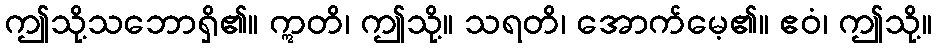
ဤသို့သဘောရှိ၏။ ဣတိ၊ ဤသို့။ သရတိ၊ အောက်မေ့၏။ ဧဝံ၊ ဤသို့။